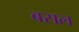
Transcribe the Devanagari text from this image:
बसल